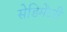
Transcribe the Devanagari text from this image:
सेडिमेंटरी